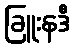
ခြူးနဒီ